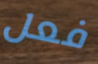
فعل